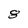
Character: 8